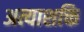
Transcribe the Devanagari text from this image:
अत्याशक्ति